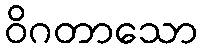
ဝိဂတာသော